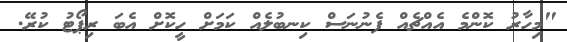
"މިހާރު ކޮންމެ އެއްޗެއް ފެނުނަސް ކިނބުލެއް ކަމަށް ހީކޮށް އެބަ ރިޕޯޓު ކުރޭ.